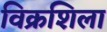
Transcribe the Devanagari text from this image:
विक्रशिला